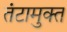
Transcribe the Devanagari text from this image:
तंटामुक्‍त